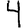
Digit: 4